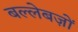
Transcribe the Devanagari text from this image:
बल्लेबज़ों